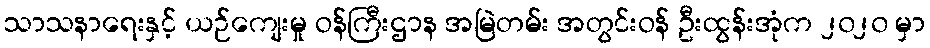
သာသနာရေးနှင့် ယဉ်ကျေးမှု ဝန်ကြီးဌာန အမြဲတမ်း အတွင်းဝန် ဦးထွန်းအုံက ၂၀၂၀ မှာ